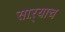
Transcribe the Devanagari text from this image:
साऱ्याच